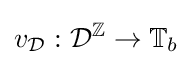
v_{\mathcal {D}}:{\mathcal {D}}^{\mathbb {Z} }\rightarrow \mathbb {T} _{b}